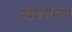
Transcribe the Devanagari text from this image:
प्रदेशवसियों